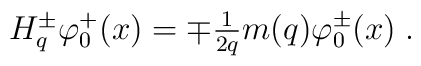
\begin{array}{l}H_q^{\pm}\varphi _0^{+}(x)=\mp\frac 1{2q}m(q)\varphi _0^{\pm}(x) \;.\end{array}